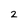
Character: 2